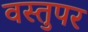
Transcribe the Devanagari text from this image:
वस्तुपर